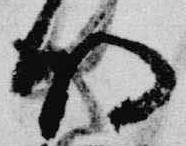
明